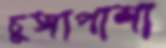
চুঙ্গাপাশা